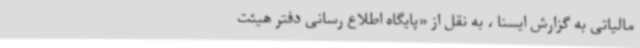
مالیاتی به گزارش ایسنا ، به نقل از «پایگاه اطلاع رسانی دفتر هیئت